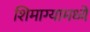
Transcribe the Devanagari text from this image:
शिमाग्यामध्ये